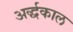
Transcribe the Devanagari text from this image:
अर्द्धकाल